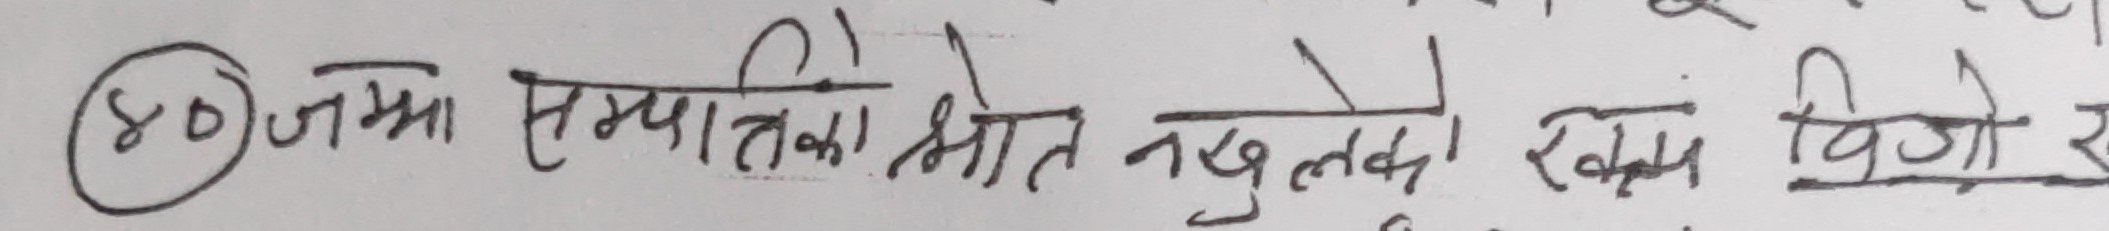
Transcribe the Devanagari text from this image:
४० जम्मा सम्पत्तिको स्रोत नखुलेको रकम बिगो र